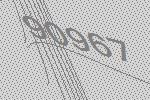
90967